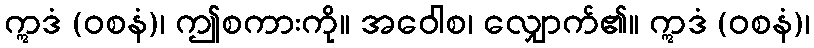
ဣဒံ (ဝစနံ)၊ ဤစကားကို။ အဝေါစ၊ လျှောက်၏။ ဣဒံ (ဝစနံ)၊